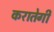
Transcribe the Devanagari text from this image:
करातेगी